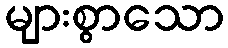
များစွာသော